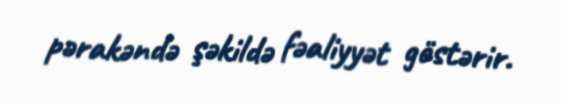
pərakəndə şəkildə fəaliyyət göstərir.